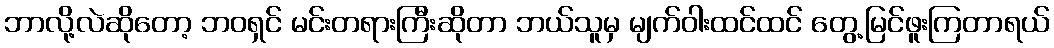
ဘာလို့လဲဆိုတော့ ဘဝရှင် မင်းတရားကြီးဆိုတာ ဘယ်သူမှ မျက်ဝါးထင်ထင် တွေ့မြင်ဖူးကြတာရယ်